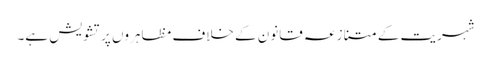
شہریت کے متنازعہ قانون کے خلاف مظاہروں پر تشویش ہے۔